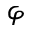
\varphi